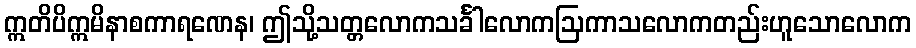
ဣတိပိဣမိနာစကာရဏေန၊ ဤသို့သတ္တလောကသင်္ခါလောကဩကာသလောကတည်းဟူသောလောက